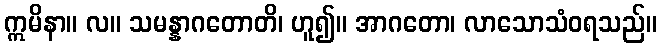
ဣမိနာ။ လ။ သမန္နာဂတောတိ၊ ဟူ၍။ အာဂတော၊ လာသောသံဝရသည်။